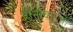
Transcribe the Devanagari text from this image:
हैं।नौकरानी